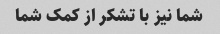
شما نیز با تشکر از کمک شما